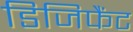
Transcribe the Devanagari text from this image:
डिजिफैंट